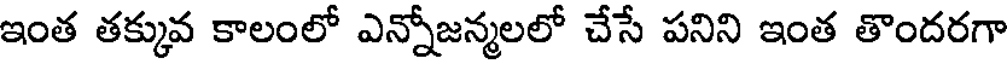
ఇంత తక్కువ కాలంలో ఎన్నోజన్మలలో చేసే పనిని ఇంత తొందరగా